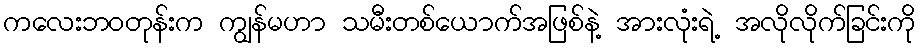
ကလေးဘဝတုန်းက ကျွန်မဟာ သမီးတစ်ယောက်အဖြစ်နဲ့ အားလုံးရဲ့ အလိုလိုက်ခြင်းကို